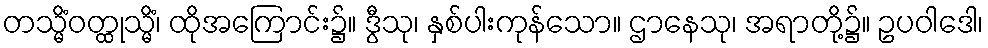
တသ္မိံဝတ္ထုသ္မိံ၊ ထိုအကြောင်း၌။ ဒွီသု၊ နှစ်ပါးကုန်သော။ ဌာနေသု၊ အရာတို့၌။ ဥပဝါဒေါ၊